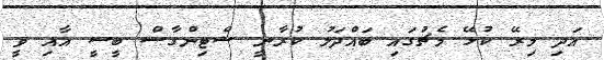
އަދި މިރޭ ކުޅޭ މެޗުގައި ބައްދަލު ކުރާނީ ސްޓިންގާސް ބީސީ އާއި ވީ